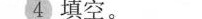
4填空。